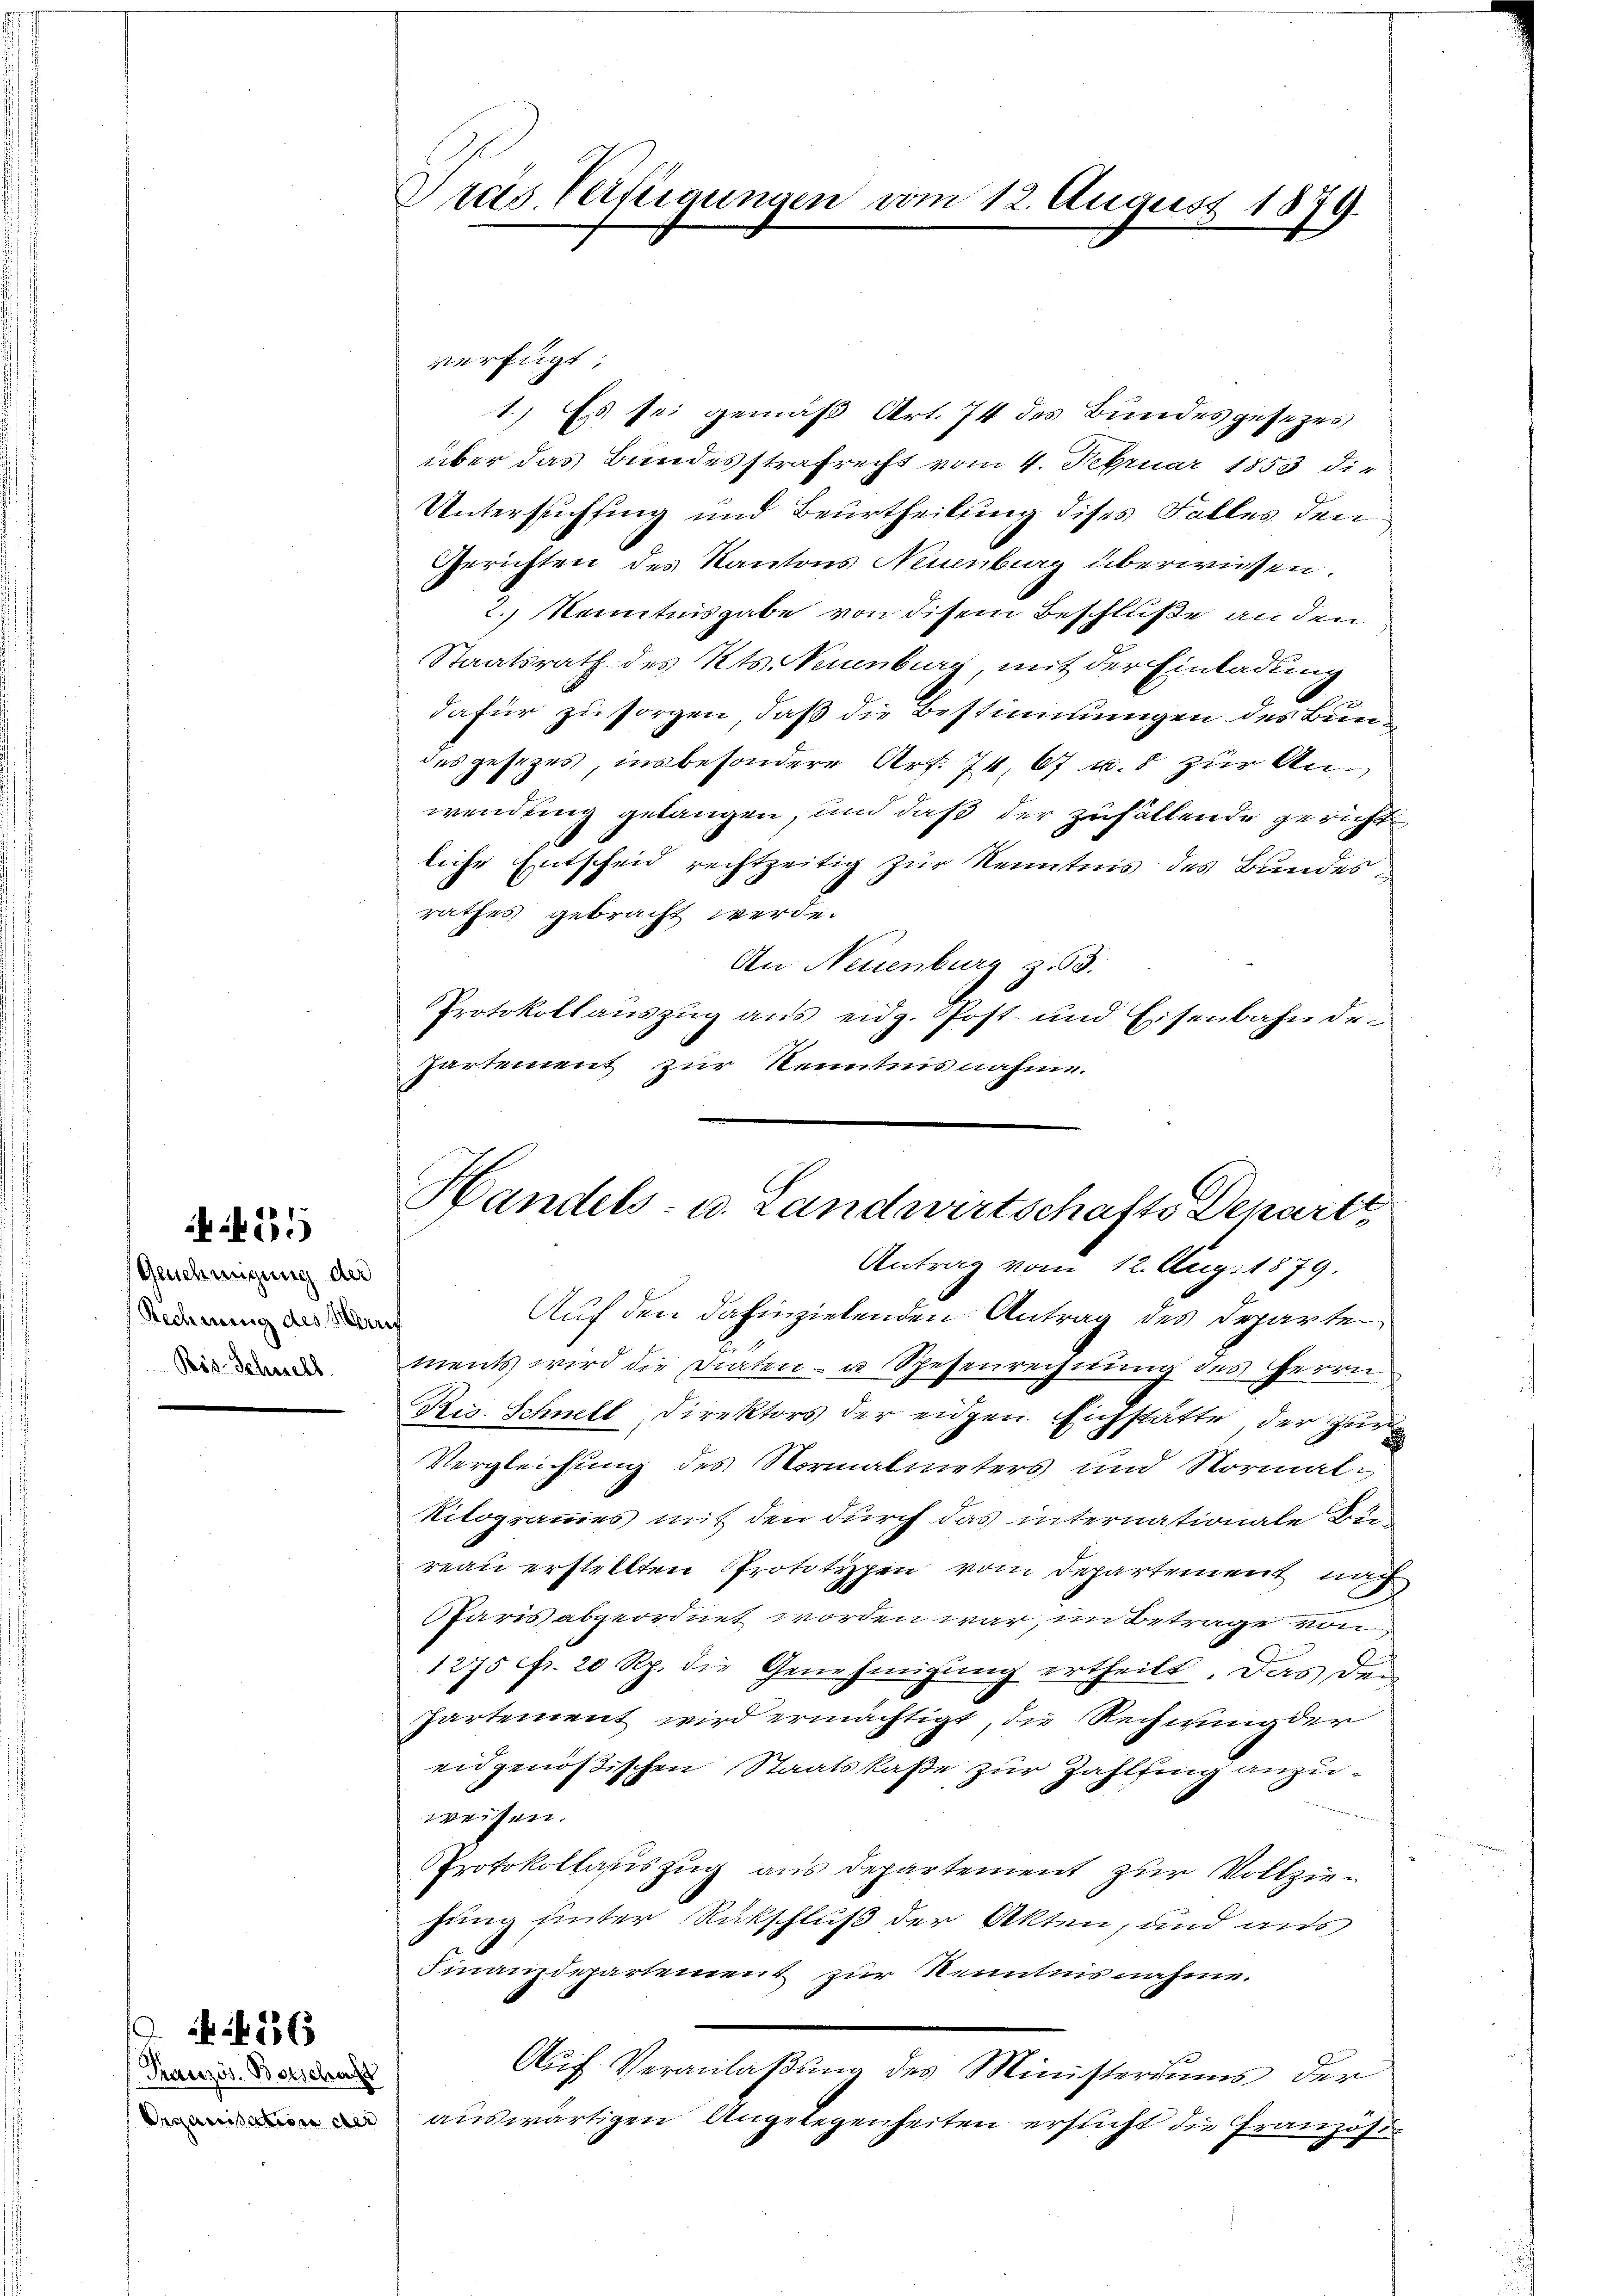
Genehmigung der
Rechnung des Heruf
Rös-Schnell

65

Pranzös. Botschaft

56

Dräs. Verfügungen vom 12. August 1879.

verfügt:
1.) Es sei gemäß Art. 74 des Bundesgesezes
über das Bundesstrafrecht vom 4. Februar 1853 die
Untersuchung und Beurtheilung dises Falles den
Gerichten des Kantons Neuenburg überwiesen.
2.) Kenntnisgabe von disem Beschluße an den
Staatsrath des Kts. Neuenburg, mit der Einladung
dafür zu sorgen, daß die Bestimmungen des Bundes gesezes, insbesondere Art. 74, 67 u. 5 zur Anwendung gelangen, und daß der zufallende gericht
liche Entscheid rechtzeitig zur Kenntnis des Bundesrathes gebracht werde.
An Neuenburg z. 63.
Protokollauszug aus eidg. Post- und Eisenbahnde-
partement zur Kenntnisnahme.

Handels- u. Landwirtschafts Departt
Antrag vom 12. Aug. 1879.

Auf den dahinzielenden Antrag des Departen
ments wird die Draten - u. Spesenrechnung des Herrn
Ris. Schnell, Direktors der eidgen. Eichstätte, der Zur
Vergleichung des Normalmeters und Normal-
Kilogrammes mit den durch das internationale Bureau erstellten Prototypen vom Departement nach
Paris abgeordnet worden war, im Betrage von
1275 fr. 20 Rp. die Genehmigung ertheilt. Das de
Partement wird ermächtigt, die Rechnung der
eidgenößischen Staatskaße zur Zahlfing anzuweisen.
Protokollauszug aus Departement zur Vollziehung unter Rückschluß der Akten, und aus
Finanzdepartement zur Kenntnis nahme.
Auf Veranlaßung des Ministeriums der
 auswärtigen Angelegenheiten ersucht die Französi